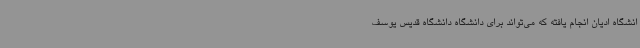
انشگاه ادیان انجام یافته که می‌تواند برای دانشگاه دانشگاه قدیس یوسف